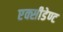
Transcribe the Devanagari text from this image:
एक्सीडेण्ट